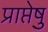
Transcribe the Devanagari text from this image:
प्राप्तेषु